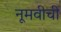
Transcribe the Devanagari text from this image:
नूमवीची